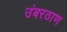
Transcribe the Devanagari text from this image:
उंबरठाण